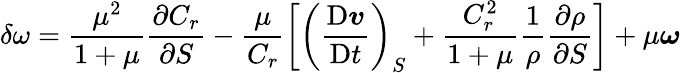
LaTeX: \delta\omega=\frac{\mu^{2}}{1+\mu}\frac{\partial C_{r}}{\partial S}-\frac{\mu}{C_{r}}\left[\left(\frac{\mathrm{D}\boldsymbol{v}}{\mathrm{D}t}\right)_{S}+\frac{C_{r}^{2}}{1+\mu}\frac{1}{\rho}\frac{\partial\rho}{\partial S}\right]+\mu\boldsymbol{\omega}